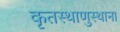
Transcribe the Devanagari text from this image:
कृतस्थाणुस्थाना